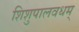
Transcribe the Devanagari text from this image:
शिशुपालवधम्